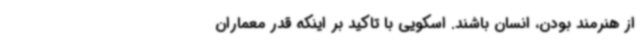
از هنرمند بودن، انسان باشند. اسکویی با تاکید بر اینکه قدر معماران